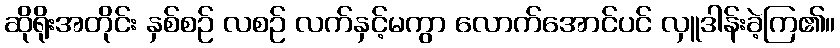
ဆိုရိုးအတိုင်း နှစ်စဉ် လစဉ် လက်နှင့်မကွာ လောက်အောင်ပင် လှူဒါန်းခဲ့ကြ၏။